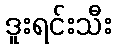
ဒူးရင်းသီး